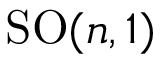
\mathrm { S O } ( n , 1 )